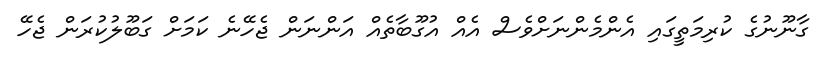
ގާނޫނުގެ ކުރިމަތީގައި އެންމެންނަށްވެސް އެއް އުގޫބާތެއް އަންނަން ޖެހޭނެ ކަމަށް ގަބޫލުކުރަން ޖެހޭ